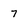
Character: 7